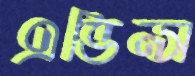
এভিন্স